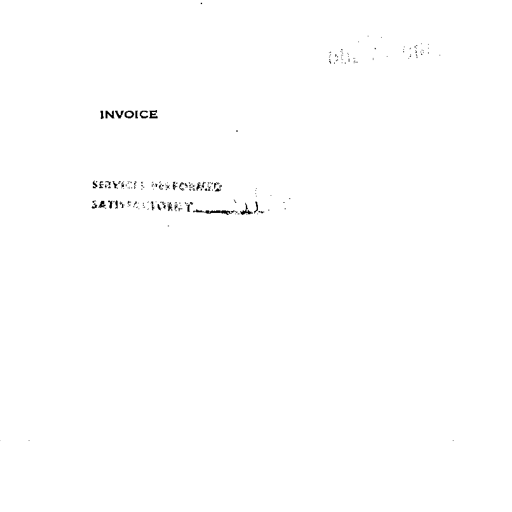
OCT 2 1961

INVOICE

SERVICES PERFORMED
SATISFACTORY JJ